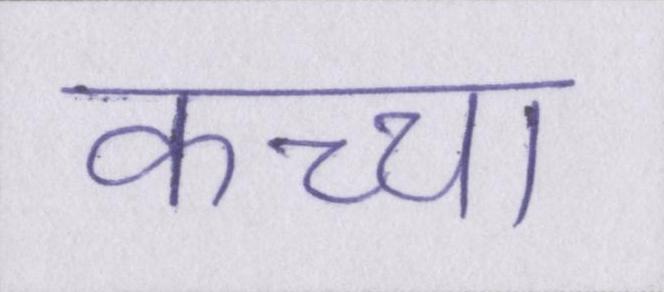
कच्चा